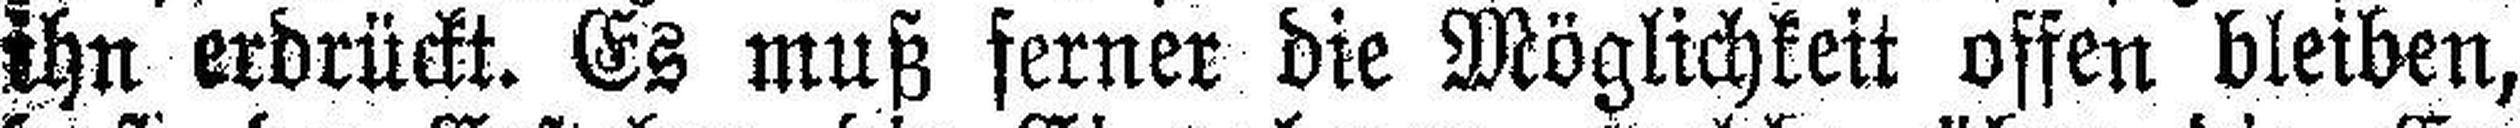
ihn erdrückt. Es muß ferner die Möglichkeit offen bleiben,